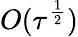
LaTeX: O(\tau^{\frac{1}{2}})